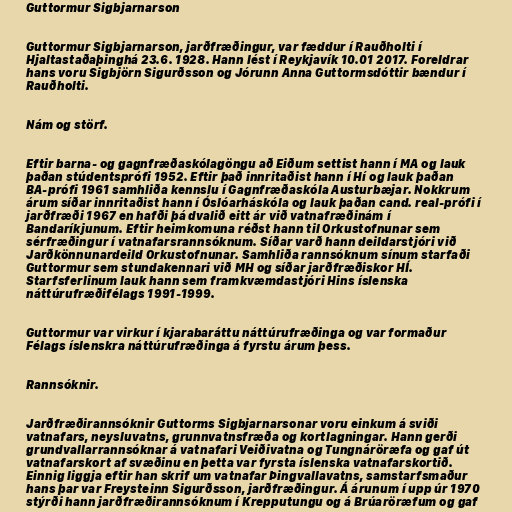
Guttormur Sigbjarnarson

Guttormur Sigbjarnarson, jarðfræðingur, var fæddur í Rauðholti í
Hjaltastaðaþinghá 23.6. 1928. Hann lést í Reykjavík 10.01 2017. Foreldrar
hans voru Sigbjörn Sigurðsson og Jórunn Anna Guttormsdóttir bændur í
Rauðholti.

Nám og störf.

Eftir barna- og gagnfræðaskólagöngu að Eiðum settist hann í MA og lauk
þaðan stúdentsprófi 1952. Eftir það innritaðist hann í Hí og lauk þaðan
BA-prófi 1961 samhliða kennslu í Gagnfræðaskóla Austurbæjar. Nokkrum
árum síðar innritaðist hann í Óslóarháskóla og lauk þaðan cand. real-prófi í
jarðfræði 1967 en hafði þá dvalið eitt ár við vatnafræðinám í
Bandaríkjunum. Eftir heimkomuna réðst hann til Orkustofnunar sem
sérfræðingur í vatnafarsrannsóknum. Síðar varð hann deildarstjóri við
Jarðkönnunardeild Orkustofnunar. Samhliða rannsóknum sínum starfaði
Guttormur sem stundakennari við MH og síðar jarðfræðiskor HÍ.
Starfsferlinum lauk hann sem framkvæmdastjóri Hins íslenska
náttúrufræðifélags 1991-1999.

Guttormur var virkur í kjarabaráttu náttúrufræðinga og var formaður
Félags íslenskra náttúrufræðinga á fyrstu árum þess.

Rannsóknir.

Jarðfræðirannsóknir Guttorms Sigbjarnarsonar voru einkum á sviði
vatnafars, neysluvatns, grunnvatnsfræða og kortlagningar. Hann gerði
grundvallarrannsóknar á vatnafari Veiðivatna og Tungnáröræfa og gaf út
vatnafarskort af svæðinu en þetta var fyrsta íslenska vatnafarskortið.
Einnig liggja eftir han skrif um vatnafar Þingvallavatns, samstarfsmaður
hans þar var Freysteinn Sigurðsson, jarðfræðingur. Á árunum í upp úr 1970
stýrði hann jarðfræðirannsóknum í Krepputungu og á Brúaröræfum og gaf